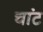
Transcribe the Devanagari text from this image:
चांट